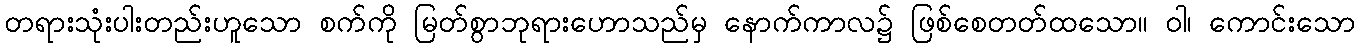
တရားသုံးပါးတည်းဟူသော စက်ကို မြတ်စွာဘုရားဟောသည်မှ နောက်ကာလ၌ ဖြစ်စေတတ်ထသော။ ဝါ၊ ကောင်းသော